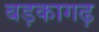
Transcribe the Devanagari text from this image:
बड़कागढ़